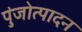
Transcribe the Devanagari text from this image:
पुंजोत्पादन